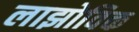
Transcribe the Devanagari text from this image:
लाझोविक